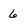
Character: 6